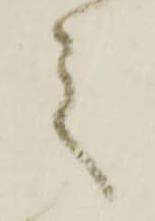
之